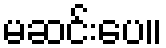
မဆင်းပေ။